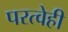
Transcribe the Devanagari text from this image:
परत्वेही